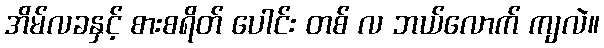
အိမ်လခနှင့် စားစရိတ် ပေါင်း တစ် လ ဘယ်လောက် ကျလဲ။